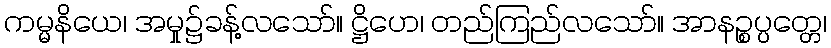
ကမ္မနိယေ၊ အမှု၌ခန့်လသော်။ ဋ္ဌိဟေ၊ တည်ကြည်လသော်။ အာနဉ္စပ္ပတ္တေ၊